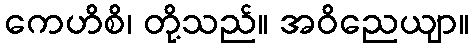
ကေဟိစိ၊ တို့သည်။ အဝိညေယျာ။